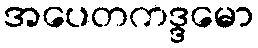
အပေတကဒ္ဒမော